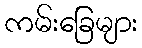
ကမ်းခြေများ